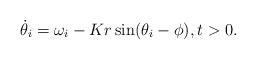
LaTeX: \begin{align*} {\dot \theta}_i = \omega_i - K r \sin(\theta_i - \phi), t > 0.\end{align*}